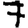
Digit: 7